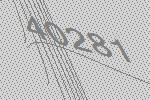
40281